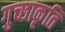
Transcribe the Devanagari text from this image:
गुच्छाकृति